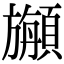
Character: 𩔣